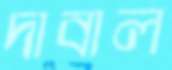
দাবাল